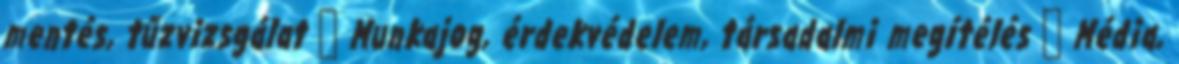
mentés, tűzvizsgálat ↳ Munkajog, érdekvédelem, társadalmi megítélés ↳ Média,